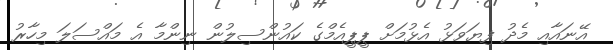
އޭނައާއި މެދު ފިޔަވަޅު އެޅުމަށް ޕީޕީއެމްގެ ކައުންސިލުން ނިންމާ އެ މައްސަލަ މިހާރު